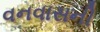
વનવાસની